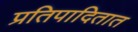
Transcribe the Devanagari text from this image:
प्रतिपादितात